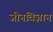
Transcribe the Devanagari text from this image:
जीनविज्ञान